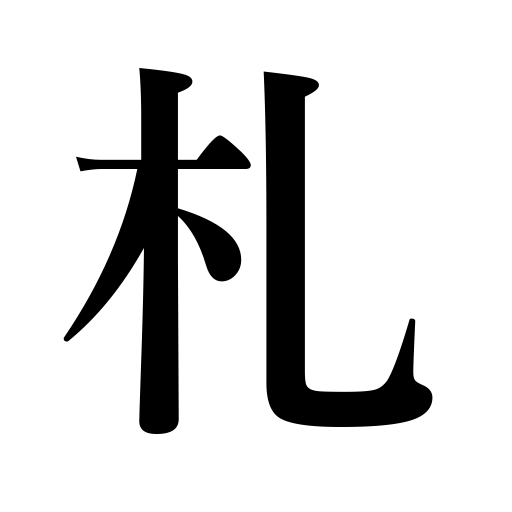
Meanings: paper money,tag,bid,charm,placard,etc,playing card,name plate,tender,check,counter for bonds